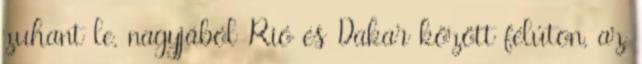
zuhant le, nagyjából Rió és Dakar között félúton, az